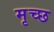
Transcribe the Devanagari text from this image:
मृच्छ